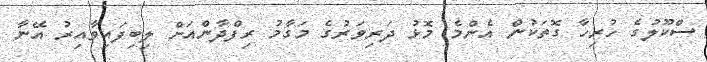
ސްކޫލުގެ ހުރިހާ ގޮތަކުން އެންމެ މޮޅު ދަރިވަރުގެ މަގާމު ރިފްދާންއަށް ލިބިފައިވާއިރު އޭނާ